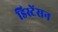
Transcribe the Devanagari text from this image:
डिस्टेंसन